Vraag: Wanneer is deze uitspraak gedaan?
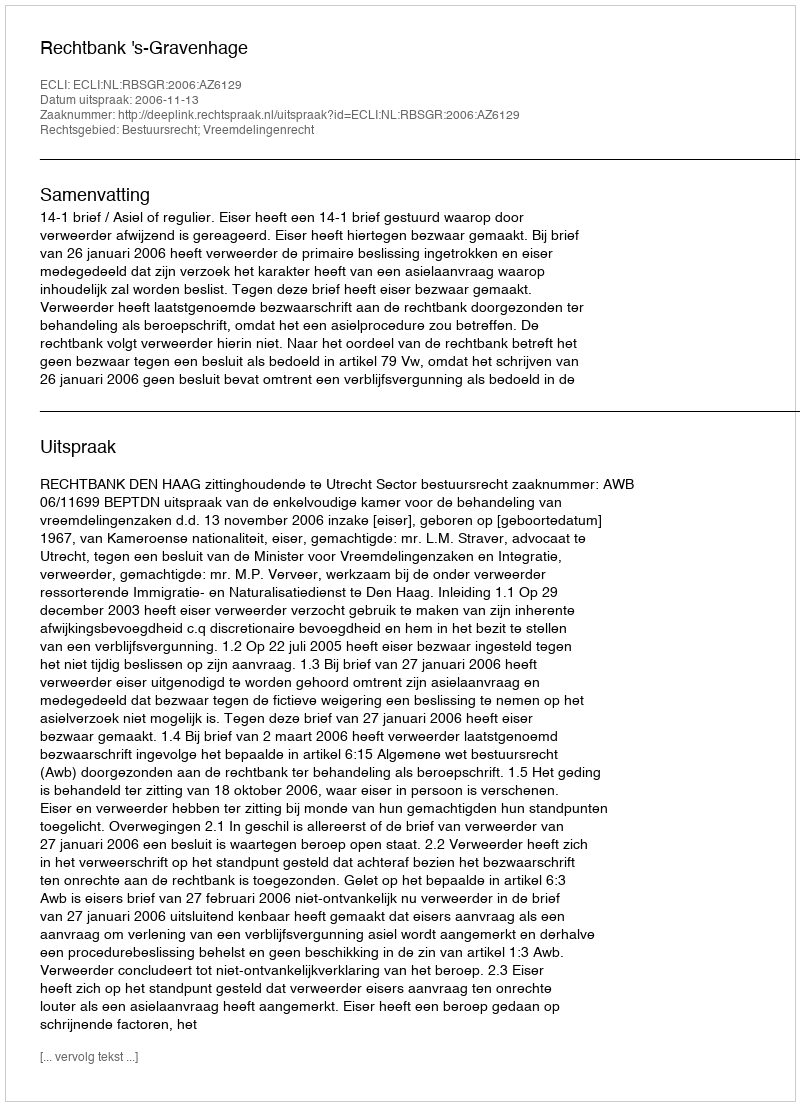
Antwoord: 2006-11-13